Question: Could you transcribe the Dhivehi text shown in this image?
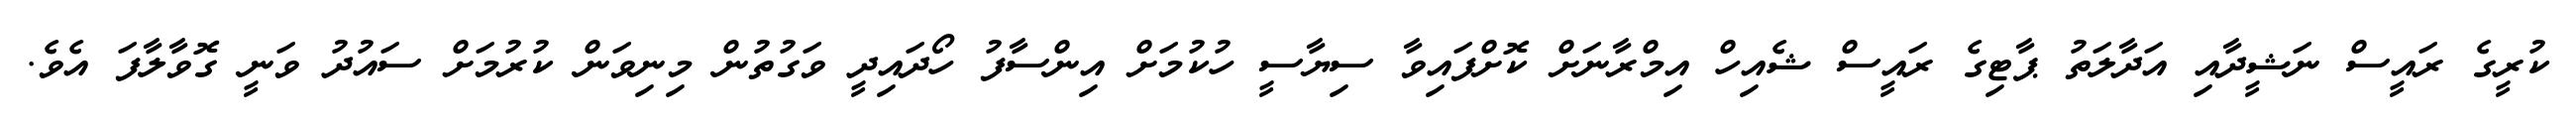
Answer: ކުރީގެ ރައީސް ނަޝީދާއި އަދާލަތު ޕާޓިގެ ރައީސް ޝެއިހް އިމްރާނަށް ކޮށްފައިވާ ސިޔާސީ ހުކުމަށް އިންސާފު ހޯދައިދީ ވަގުތުން މިނިވަން ކުރުމަށް ސައުދު ވަނީ ގޮވާލާފަ އެވެ.